Indian journal of veterinary science and animal husbandry - Volume 2,
Year: 1932
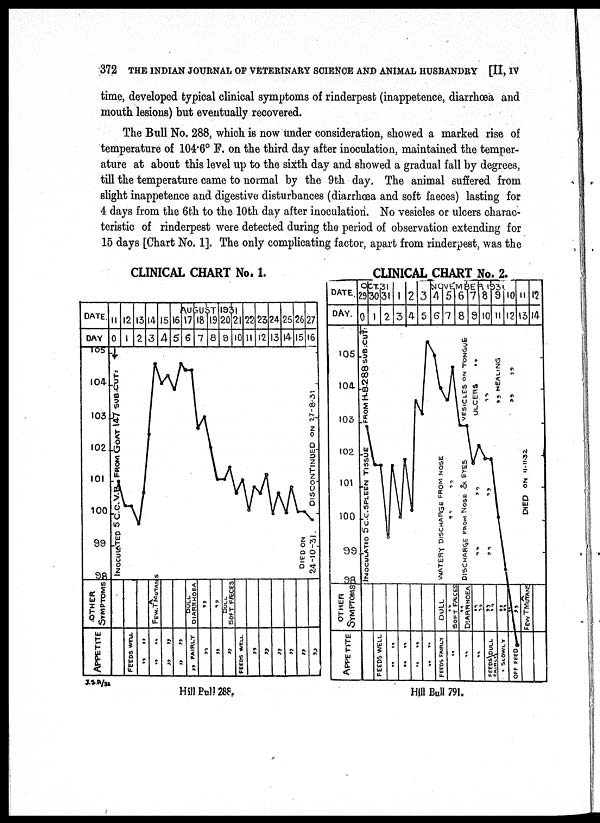
372 THE INDIAN JOURNAL OF VETERINARY SCIENCE AND ANIMAL HUSBANDRY [II, IV
time, developed typical clinical symptoms of rinderpest (inappetence, diarrhœa and
mouth lesions) but eventually recovered.
The Bull No. 288, which is now under consideration, showed a marked rise of
temperature of 104.6° F. on the third day after inoculation, maintained the temper-
ature at about this level up to the sixth day and showed a gradual fall by degrees,
till the temperature came to normal by the 9th day. The animal suffered from
slight inappetence and digestive disturbances (diarrhœa and soft faeces) lasting for
4 days from the 6th to the 10th day after inoculation. No vesicles or ulcers charac-
teristic of rinderpest were detected during the period of observation extending for
15 days [Chart No. 1]. The only complicating factor, apart from rinderpest, was the
CLINICAL CHART No. 1.
CLINICAL CHART No. 2.